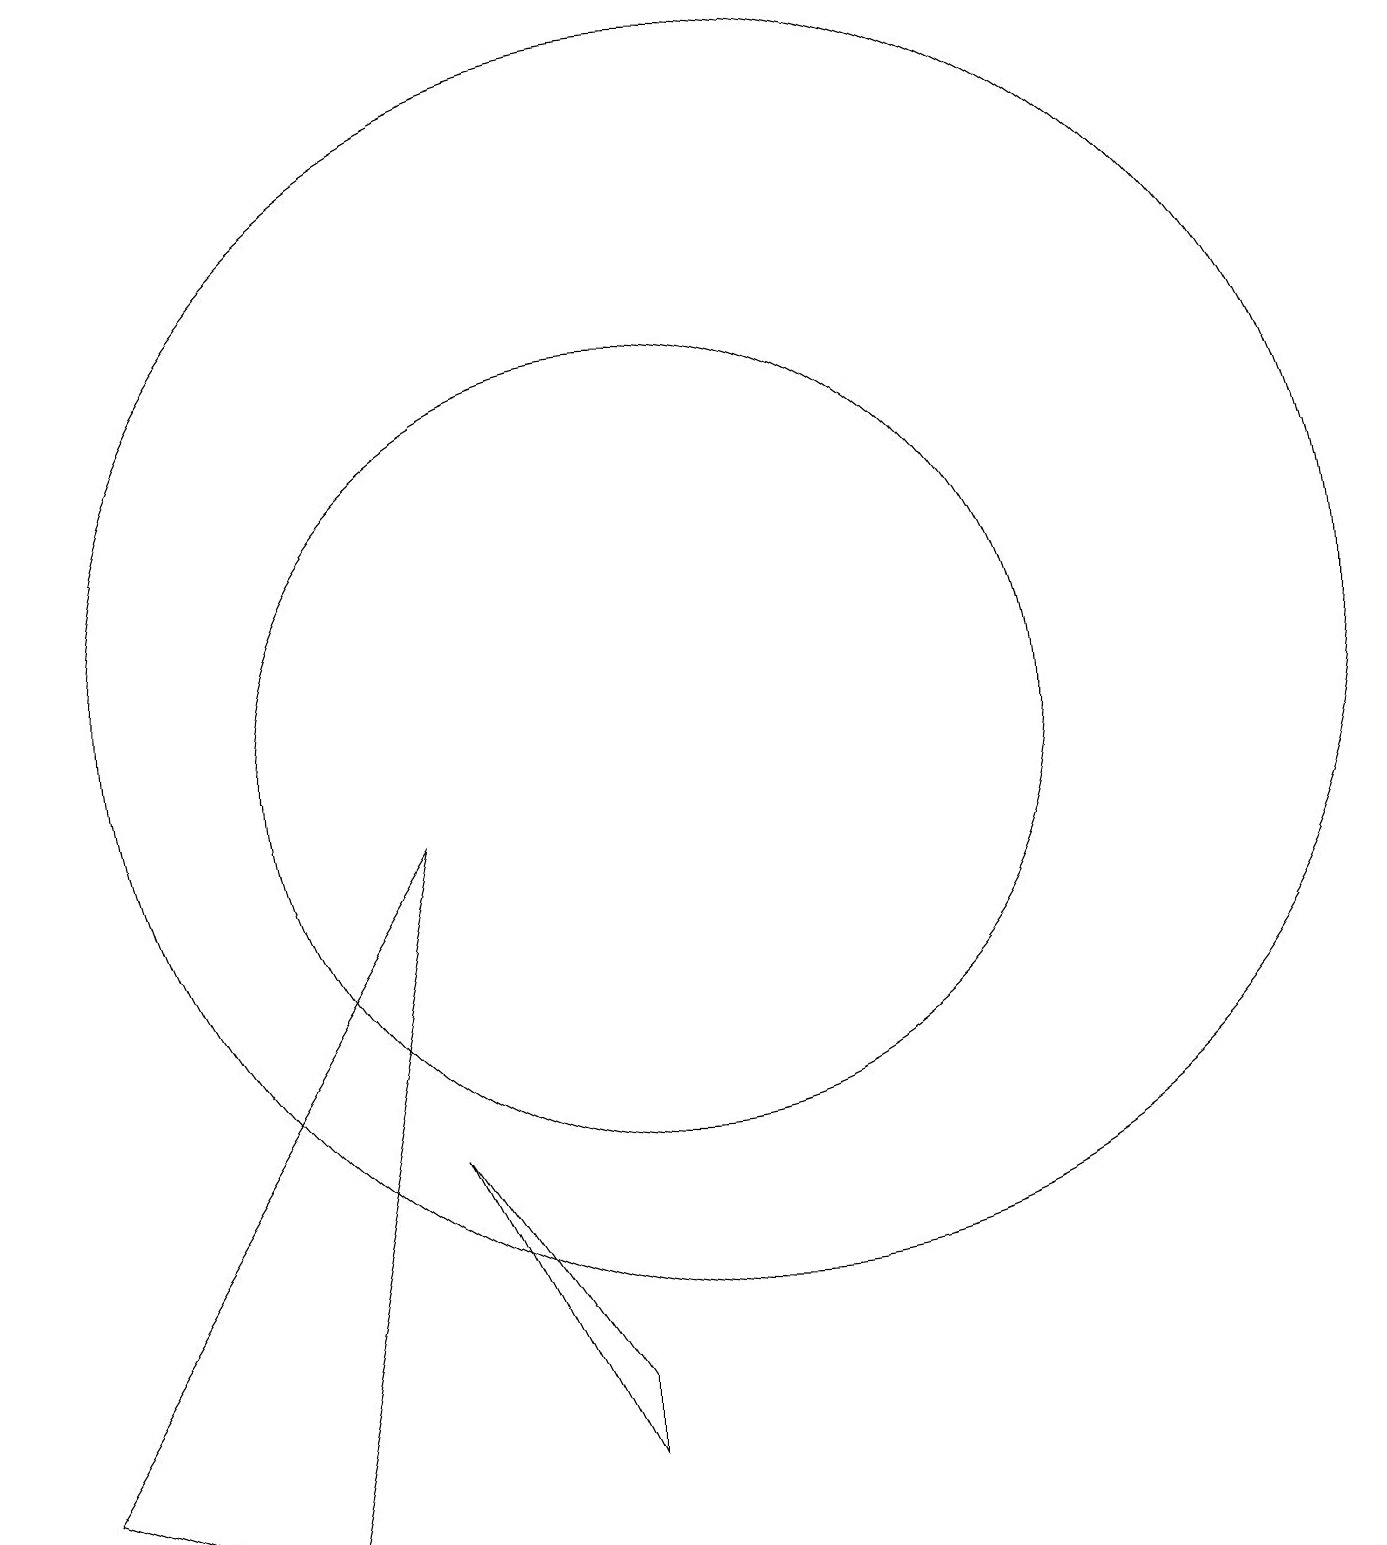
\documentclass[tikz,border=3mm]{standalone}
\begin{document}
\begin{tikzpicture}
\draw (11,11) circle (8);
\draw (10,10) circle (5);
\draw (9,2) -- (7,5) -- (9,1) -- cycle;
\draw (5,0) -- (7,9) -- (2,1) -- cycle;
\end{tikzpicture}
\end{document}